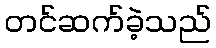
တင်ဆက်ခဲ့သည်